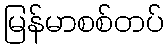
မြန်မာစစ်တပ်